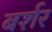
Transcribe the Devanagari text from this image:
बर्शर